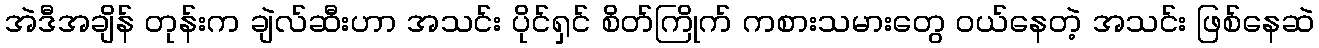
အဲဒီအချိန် တုန်းက ချဲလ်ဆီးဟာ အသင်း ပိုင်ရှင် စိတ်ကြိုက် ကစားသမားတွေ ၀ယ်နေတဲ့ အသင်း ဖြစ်နေဆဲ